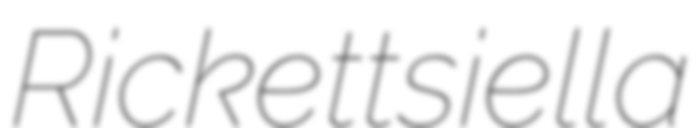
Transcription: Rickettsiella